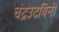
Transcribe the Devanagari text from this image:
चंद्रउदयिनी